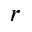
r